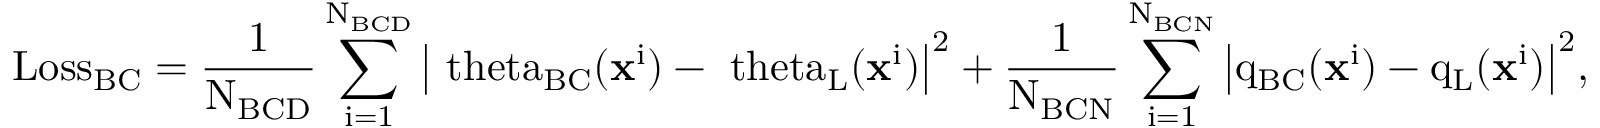
\mathrm { L o s s _ { B C } = \frac { 1 } { N _ { B C D } } \sum _ { i = 1 } ^ { N _ { B C D } } \left| \ t h e t a _ { B C } ( \mathbf { x } ^ { i } ) - \ t h e t a _ { L } ( \mathbf { x } ^ { i } ) \right| ^ { 2 } + \frac { 1 } { N _ { B C N } } \sum _ { i = 1 } ^ { N _ { B C N } } \left| q _ { B C } ( \mathbf { x } ^ { i } ) - q _ { L } ( \mathbf { x } ^ { i } ) \right| ^ { 2 } } ,